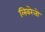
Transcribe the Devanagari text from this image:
लिबरेत्तो